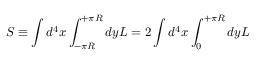
S \equiv \int d ^ { 4 } x \int _ { - \pi R } ^ { + \pi R } d y { \cal L } = 2 \int d ^ { 4 } x \int _ { 0 } ^ { + \pi R } d y { \cal L }